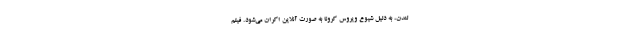
لندن، به دلیل شیوع ویروس کرونا به صورت آنلاین اکران می‌شود. فيلم